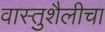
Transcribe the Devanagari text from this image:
वास्तुशैलीचा